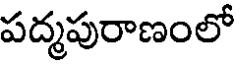
పద్మపురాణంలో